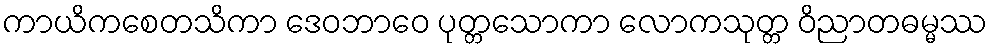
ကာယိကစေတသိကာ ဒေဝဘာဝေ ပုတ္တသောကာ လောကသုတ္တ ဝိညာတဓမ္မဿ